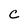
Character: c